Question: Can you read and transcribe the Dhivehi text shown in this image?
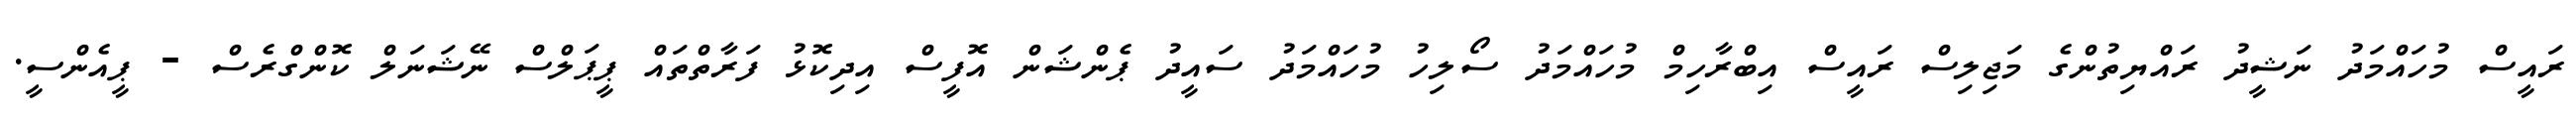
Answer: ރައީސް މުހައްމަދު ނަޝީދު ރައްޔިތުންގެ މަޖިލިސް ރައީސް އިބްރާހިމް މުހައްމަދު ސޯލިހު މުހައްމަދު ސައީދު ޕެންޝަން އޮފީސް އިދިކޮޅު ފަރާތްތައް ޕީޕަލްސް ނޭޝަނަލް ކޮންގްރެސް - ޕީއެންސީ.